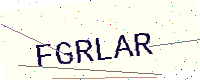
Text: FGRLAR